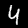
Digit: 4